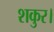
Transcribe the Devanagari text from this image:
शकुर।